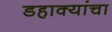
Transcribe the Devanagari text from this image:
डहाक्यांचा